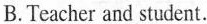
B. Teacher and student.